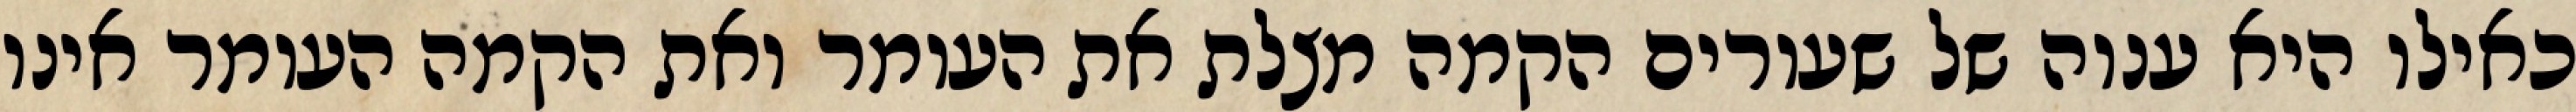
כאילו היא ענוה של שעורים הקמה מצלת את העומר ואת הקמה העומר אינו